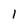
Character: 1